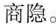
商隐。